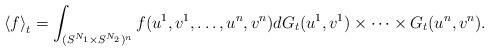
LaTeX: \begin{align*}\left<f\right>_t=\int_{(S^{N_1}\times S^{N_2})^n}f(u^1,v^1,\ldots,u^n,v^n)dG_t(u^1,v^1)\times\cdots\times G_t(u^n,v^n).\end{align*}